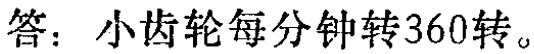
答：小齿轮每分钟转360转。